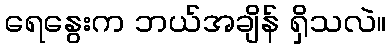
ရေနွေးက ဘယ်အချိန် ရှိသလဲ။